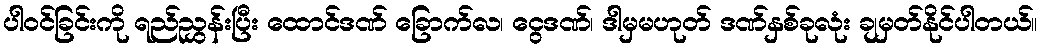
ပါဝင်ခြင်းကို ရည်ညွှန်းပြီး ထောင်ဒဏ် ခြောက်လ၊ ငွေဒဏ်၊ ဒါမှမဟုတ် ဒဏ်နှစ်ခုလုံး ချမှတ်နိုင်ပါတယ်။